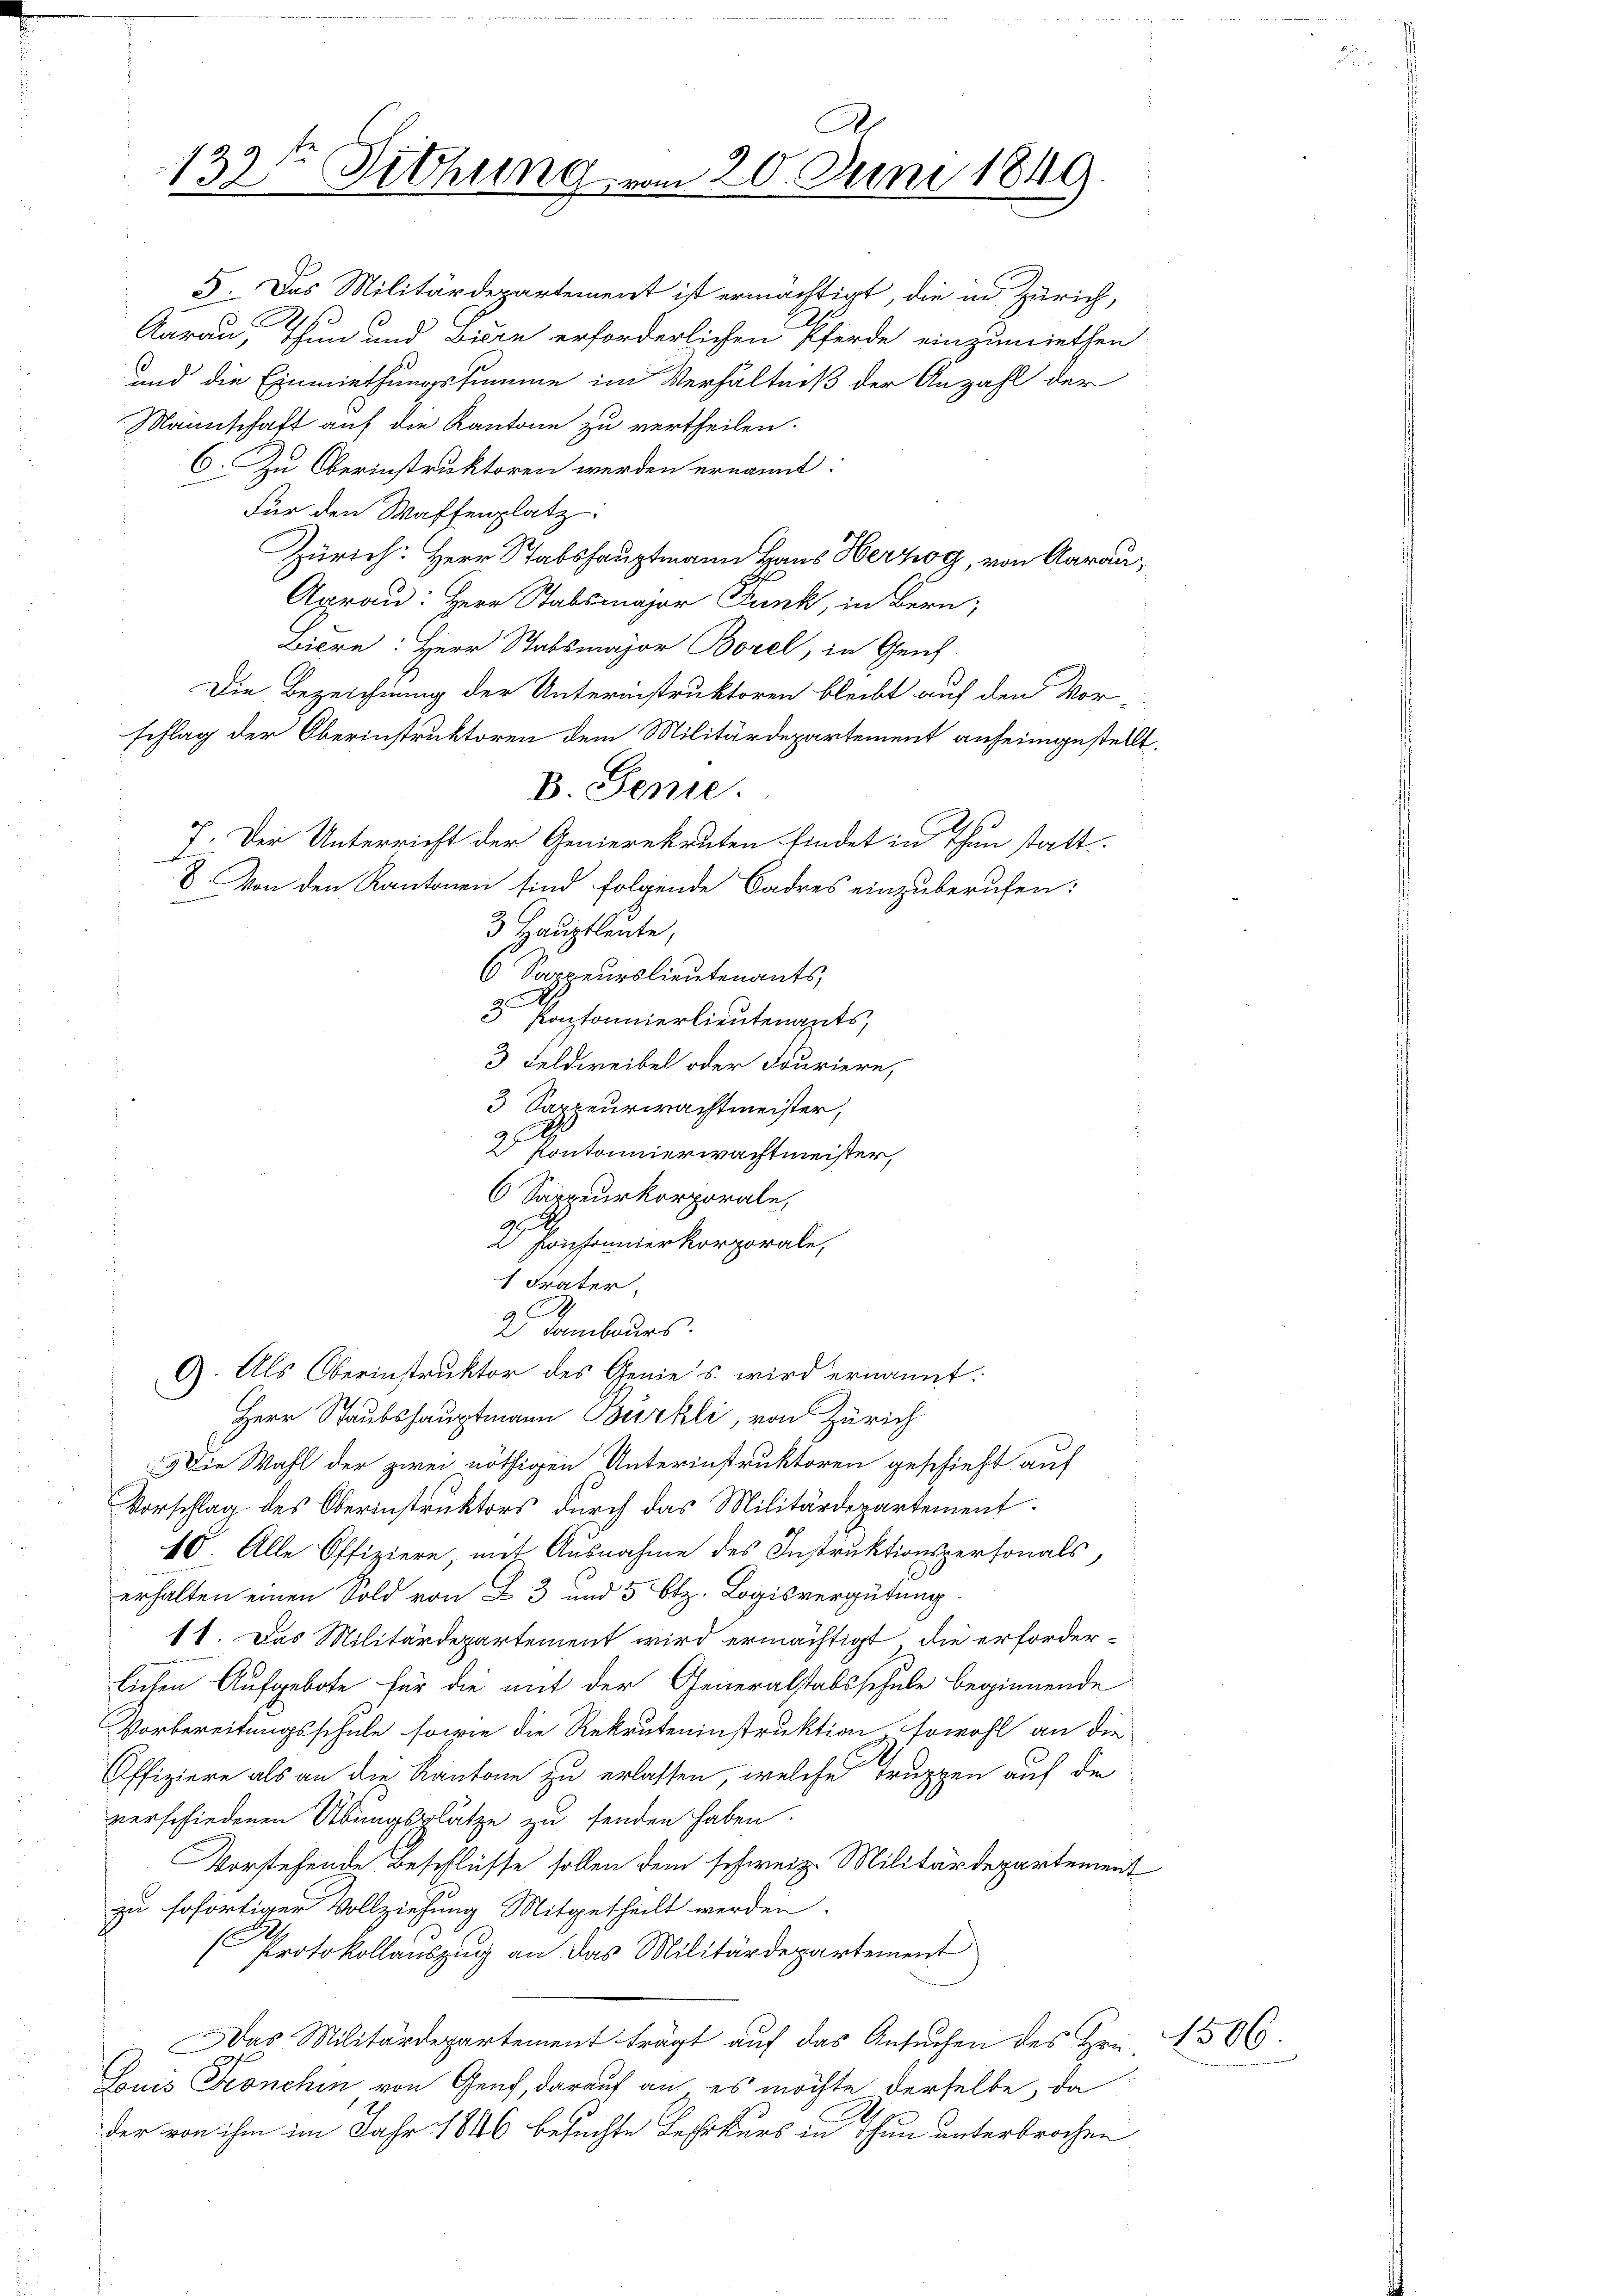
132te Sitzung vom 20. Juni 1849.

5. Das Militärdepartement ist ermächtigt, die in Zürich,
Aarau, Thun und Biern erforderlichen Pferde einzumiethen
und die Einmiethungssumme im Verhältniß der Anzahl der
Mannschaft auf die Kantone zu vertheilen.
C. Zu Oberinstruktoren werden ernannt:
Für den Waffenplatz:
Zürich: Herr Stabshauptmann Haus Herzog, von Aarau,
Agrau: Herr Stabsmajor Funk, in Bern;
Biere: Herr Stabsmajor Borel, in Geich-
Die Bezeichnung der Unternistruktoren bleibt auf den Vor-
schlag der Oberinstruktoren dem Militärdepartement anheimgestellt.
B. Genie.
7. Der Unterricht der Genierekruten findet in Thun statt
8. Von den Kantonen sind folgende Sadres einzuberufen:
3 Hauptleute,
6 Sappeurs lieutenants,
3 Pontonnierlieutenants,
3 Feldweibel oder Fouriere,
3 Sappeurwachtmeister,
2 Pontonnierwachtmeister,
6 Sappeurkorporale,
 Pansonnerkorporale,
1. Frater
a S
2 Tambours.
G. Als Oberinstruktor des Genies wird ernannt:
Herr Staubshauptmann Bürkli, von Zürich
Die Wahl der zwei nöthigen Unterinstruktoren geschieht auf
Vorschlag des Oberinstruktors durch das Militärdepartement.
10. Alle Offiziere, mit Ausnahme des Instruktionspersonals,
erhalten einen Sold von B. 3 und 5 Btz. Logisvergütung
11. Das Militärdepartement wird ermächtigt, die erforder-
lichen Aufgebote für die mit der Generalstabsschule beginnende
Vorbereitungsschule sowie die Rekruteninstruktion sowohl an die
Offiziere als an die Kantone zu erlassen, welche Truppen auf die
verschiedenen Übungsplätze zu senden haben.
Vorstehende Beschlüsse sollen dem schweiz. Militärdepartement
zu sofortiger Vollziehung Mitgetheilt werden.
.
(Protokollauszug an das Militärdepartement
Das Militärdepartement trägt auf das Ansuchen des Hrn. 1506.
Buis Franchen von Graf, darauf an es möchte derselbe, da
der von ihm im Jahr 1846 besuchte Bessekurs in Thun unterbrochen